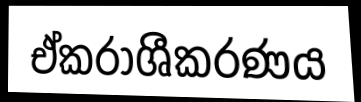
ඒකරාශීකරණය